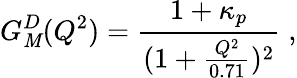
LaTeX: G_{\mathit{M}}^{D}(Q^{2})=\frac{{1+\kappa_{p}}}{{(1+\frac{{Q^{2}}}{{0.71}})^{2}}}\; ,